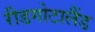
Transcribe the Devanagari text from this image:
रीडगोटालैंड